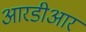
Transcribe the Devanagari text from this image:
आरडीआर